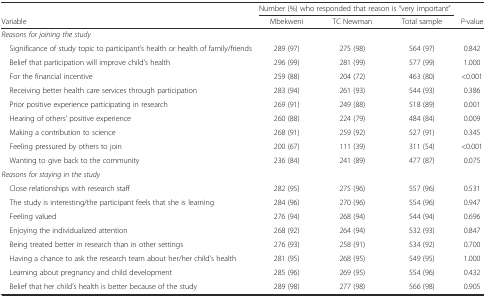
<table><thead><tr><td></td><td colspan="3"><b>Number (%) who responded that reason is “very important”</b></td><td></td></tr><tr><td><b>Variable</b></td><td><b>Mbekweni</b></td><td><b>TC Newman</b></td><td><b>Total sample</b></td><td><b><i>P</i>-value</b></td></tr></thead><tbody><tr><td><i>Reasons for joining the study</i></td><td></td><td></td><td></td><td></td></tr><tr><td> Significance of study topic to participant’s health or health of family/friends</td><td>289 (97)</td><td>275 (98)</td><td>564 (97)</td><td>0.842</td></tr><tr><td> Belief that participation will improve child’s health</td><td>296 (99)</td><td>281 (99)</td><td>577 (99)</td><td>1.000</td></tr><tr><td> For the financial incentive</td><td>259 (88)</td><td>204 (72)</td><td>463 (80)</td><td>&lt;0.001</td></tr><tr><td> Receiving better health care services through participation</td><td>283 (94)</td><td>261 (93)</td><td>544 (93)</td><td>0.386</td></tr><tr><td> Prior positive experience participating in research</td><td>269 (91)</td><td>249 (88)</td><td>518 (89)</td><td>0.001</td></tr><tr><td> Hearing of others’ positive experience</td><td>260 (88)</td><td>224 (79)</td><td>484 (84)</td><td>0.009</td></tr><tr><td> Making a contribution to science</td><td>268 (91)</td><td>259 (92)</td><td>527 (91)</td><td>0.345</td></tr><tr><td> Feeling pressured by others to join</td><td>200 (67)</td><td>111 (39)</td><td>311 (54)</td><td>&lt;0.001</td></tr><tr><td> Wanting to give back to the community</td><td>236 (84)</td><td>241 (89)</td><td>477 (87)</td><td>0.075</td></tr><tr><td><i>Reasons for staying in the study</i></td><td></td><td></td><td></td><td></td></tr><tr><td> Close relationships with research staff</td><td>282 (95)</td><td>275 (96)</td><td>557 (96)</td><td>0.531</td></tr><tr><td> The study is interesting/the participant feels that she is learning</td><td>284 (96)</td><td>270 (96)</td><td>554 (96)</td><td>0.947</td></tr><tr><td> Feeling valued</td><td>276 (94)</td><td>268 (94)</td><td>544 (94)</td><td>0.696</td></tr><tr><td> Enjoying the individualized attention</td><td>268 (92)</td><td>264 (94)</td><td>532 (93)</td><td>0.847</td></tr><tr><td> Being treated better in research than in other settings</td><td>276 (93)</td><td>258 (91)</td><td>534 (92)</td><td>0.700</td></tr><tr><td> Having a chance to ask the research team about her/her child’s health</td><td>281 (95)</td><td>268 (95)</td><td>549 (95)</td><td>1.000</td></tr><tr><td> Learning about pregnancy and child development</td><td>285 (96)</td><td>269 (95)</td><td>554 (96)</td><td>0.432</td></tr><tr><td> Belief that her child’s health is better because of the study</td><td>289 (98)</td><td>277 (98)</td><td>566 (98)</td><td>0.905</td></tr></tbody></table>